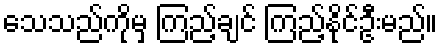
သေသည်ကိုမှ ကြည့်ချင် ကြည့်နိုင်ဦးမည်။